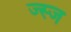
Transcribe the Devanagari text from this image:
ज्स्ज